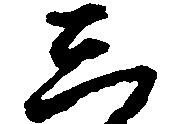
し